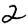
Digit: 2